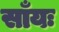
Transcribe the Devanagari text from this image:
साँयः